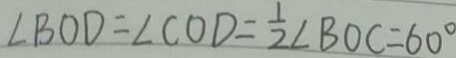
\angle B O D = \angle C O D = \frac { 1 } { 2 } \angle B O C = 6 0 ^ { \circ }